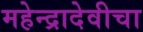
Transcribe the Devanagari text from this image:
महेन्द्रादेवीचा